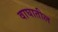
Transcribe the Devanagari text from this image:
वाघातील